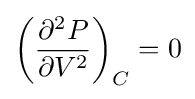
\left({\frac {\partial ^{2}P}{\partial V^{2}}}\right)_{C}=0